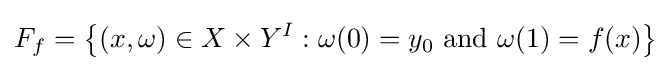
F_{f}=\left\{(x,\omega )\in X\times Y^{I}:\omega (0)=y_{0}{\mbox{ and }}\omega (1)=f(x)\right\}